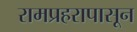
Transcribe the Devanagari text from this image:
रामप्रहरापासून